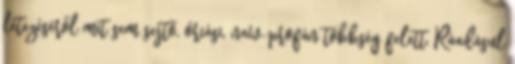
léte­zé­séről mit sem sejtő, óriási, naív-profán többség felett. Ráadásul